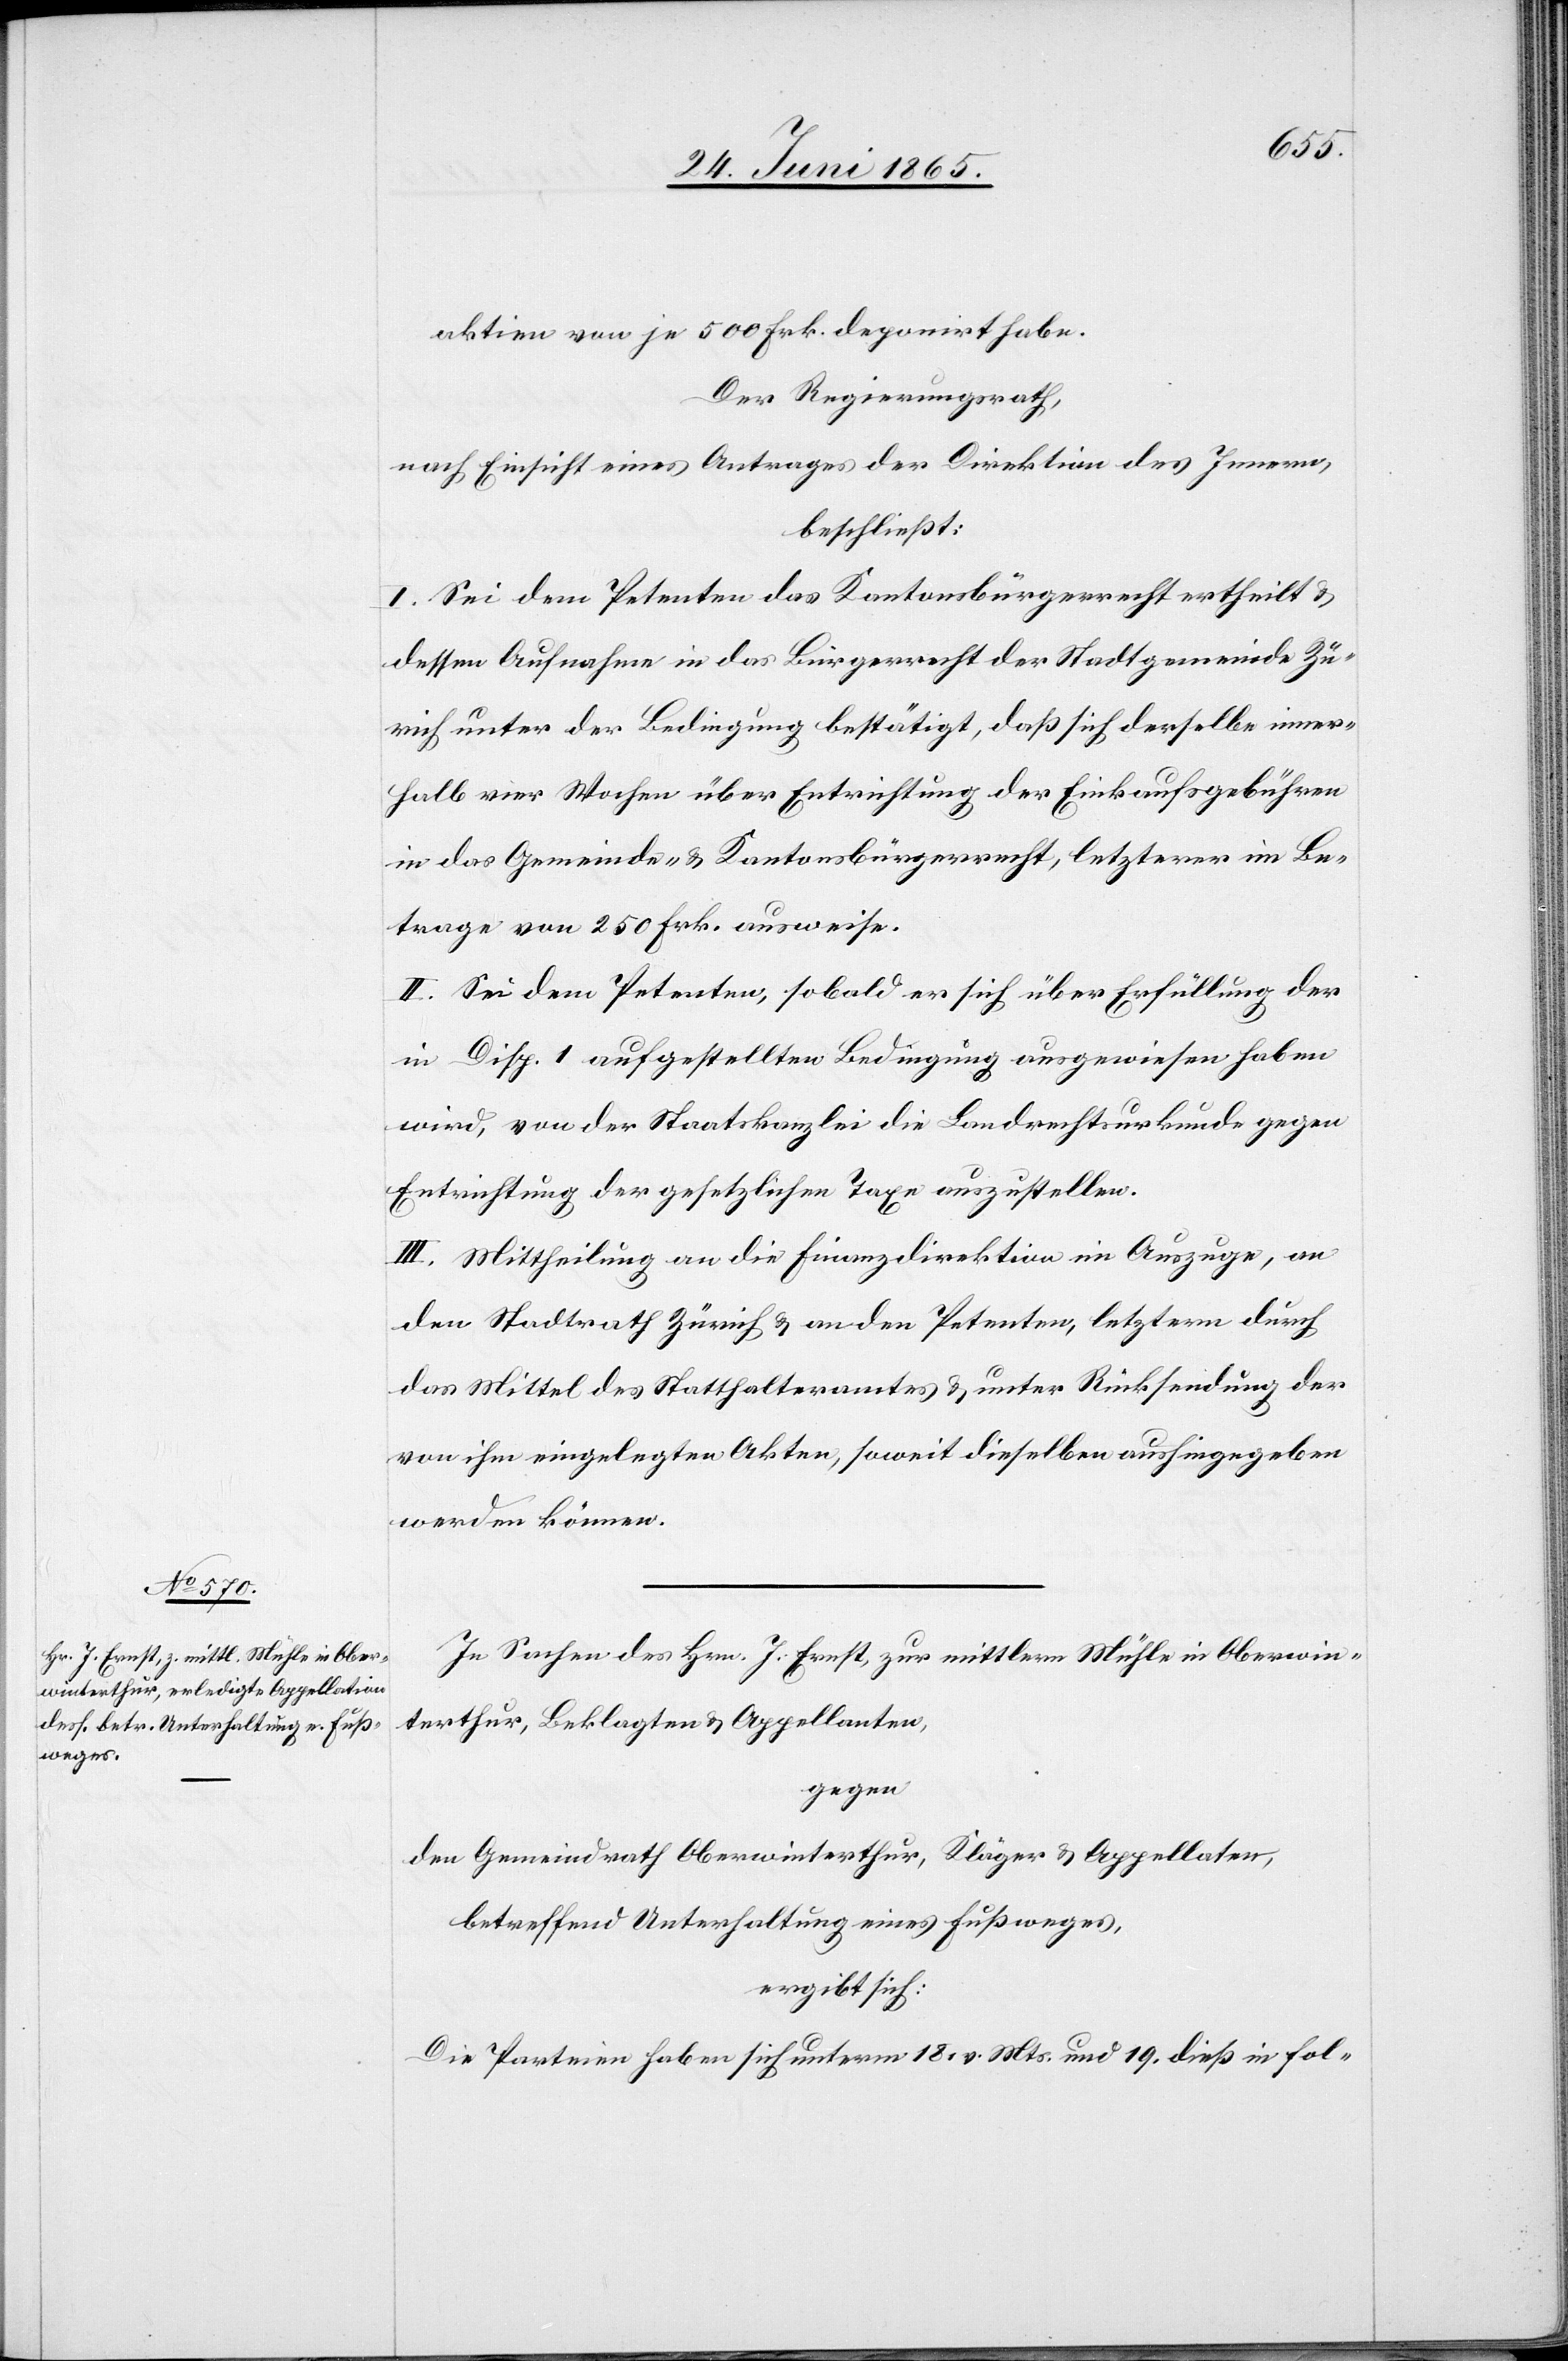
aktien von je 500 Frk. deponirt habe.
Der Regierungsrath,
nach Einsicht eines Antrages der Direktion des Innern,
beschließt:
I. Sei dem Petenten das Kantonsbürgerrecht ertheilt &
dessen Aufnahme in das Bürgerrecht der Stadtgemeinde Zü¬
rich unter der Bedingung bestätigt, daß sich derselbe inner¬
halb vier Wochen über Entrichtung der Einkaufsgebühren
in das Gemeinde- & Kantonsbürgerrecht, letzterer im Be¬
trage von 250 Frk. ausweise.
II. Sei dem Petenten, sobald er sich über Erfüllung der
in Disp. 1 aufgestellten Bedingung ausgewiesen haben
wird, von der Staatskanzlei die Landrechtsurkunde gegen
Entrichtung der gesetzlichen Taxe auszustellen.
III. Mittheilung an die Finanzdirektion im Auszuge, an
den Stadtrath Zürich & an den Petenten, letzterm durch
das Mittel des Statthalteramtes & unter Rücksendung der
von ihm eingelegten Akten, soweit dieselben aushingegeben
werden können.
In Sachen des Hrn. J. Ernst, zur mittlern Mühle in Oberwin¬
terthur, Beklagten & Appellanten,
gegen
den Gemeindrath Oberwinterthur, Kläger & Appellaten,
betreffend Unterhaltung eines Fußweges,
ergibt sich:
Die Parteien haben sich unterm 18. v. Mts. und 19. dieß in fol-